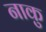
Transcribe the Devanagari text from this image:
नाकु